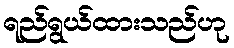
ရည်ရွယ်ထားသည်ဟု